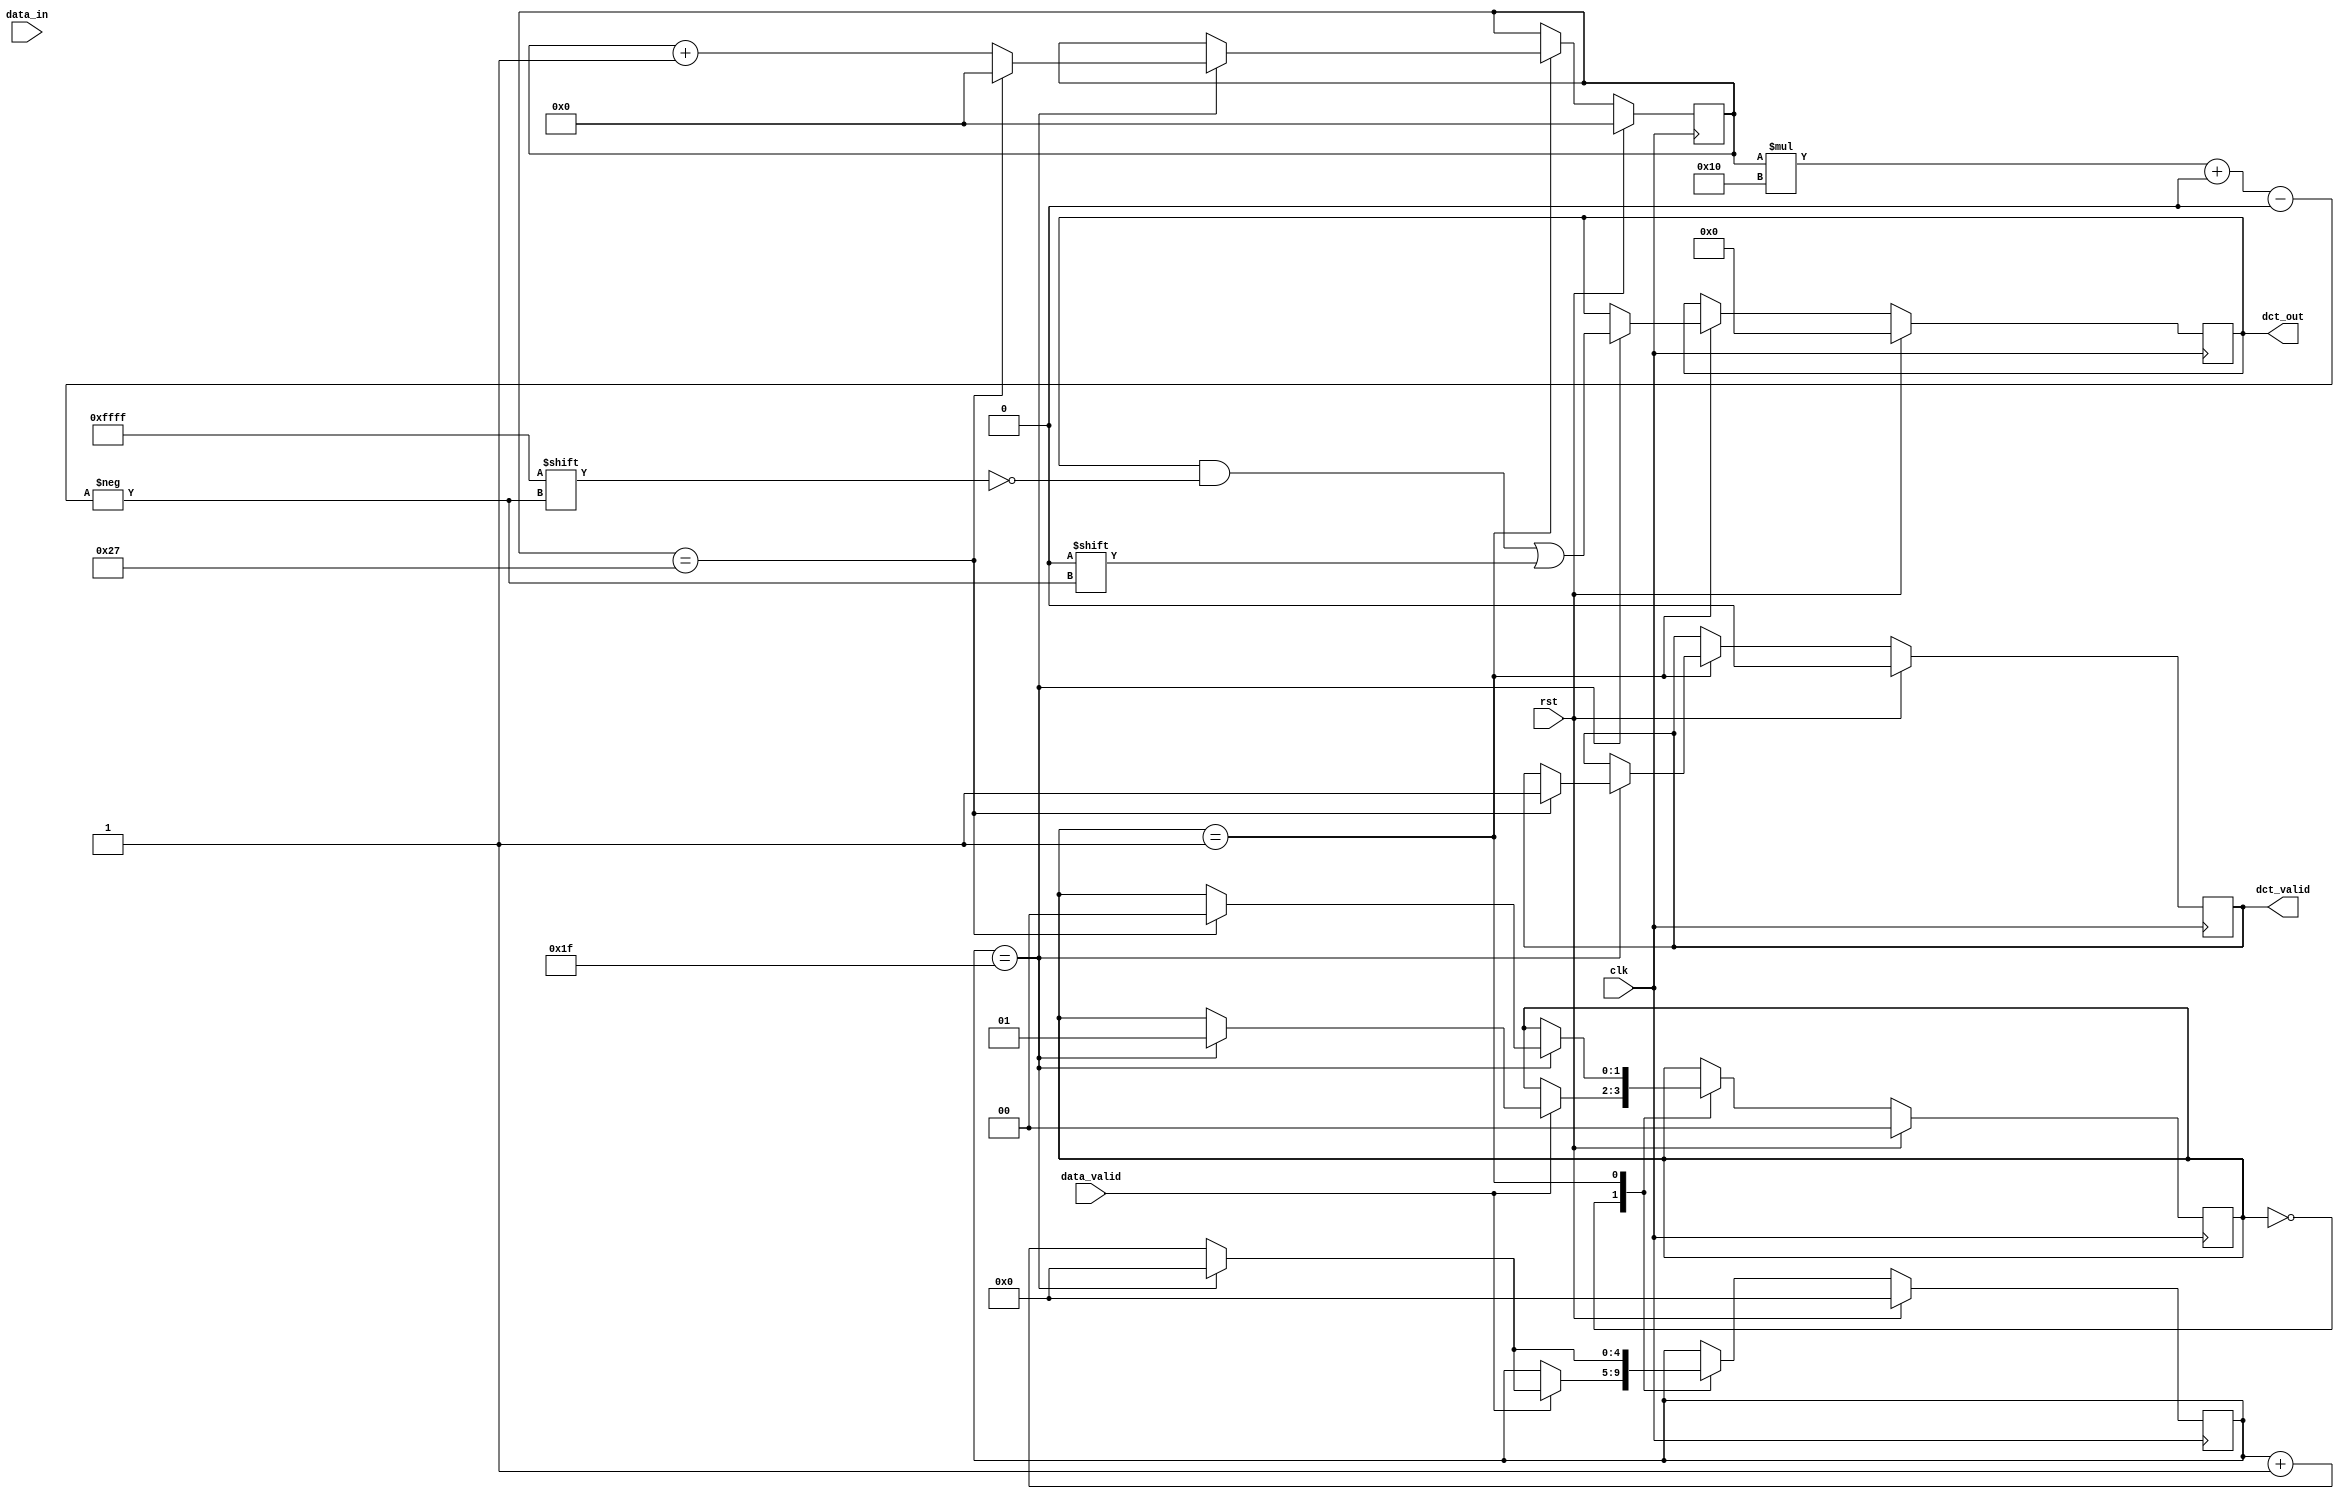
module dct_module #(
    parameter Q_L = 11, // Number of fractional bits for logarithm output
    parameter Q_D = 4,  // Number of fractional bits for DCT output
    parameter N = 32    // Size of the DCT input vector
) (
    input wire clk,
    input wire rst,
    input wire signed [15:0] data_in, // INT16 Q11
    input wire data_valid,
    output reg [639:0] dct_out, // 40 features * 16 bits = 640 bits
    output reg dct_valid
);

localparam COEFF_WIDTH = 16;
reg signed [15:0] input_buffer [0:N-1]; // INT16 Q11
reg [$clog2(N)-1:0] input_counter;
reg [5:0] output_counter;
reg signed [COEFF_WIDTH-1:0] coeff;
reg signed [Q_L+COEFF_WIDTH-1:0] mult;
reg signed [Q_L+COEFF_WIDTH-1:0] accumulator;
reg [1:0] state;

// Precompute DCT coefficients using integer arithmetic
wire signed [COEFF_WIDTH-1:0] sqrt_2_over_N = 16'h3B21; // sqrt(2/32) in Q15 format
wire signed [COEFF_WIDTH-1:0] sqrt_1_over_N = 16'h2D41; // sqrt(1/32) in Q15 format
reg signed [COEFF_WIDTH-1:0] cos_term;
reg [$clog2(N)-1:0] x;

always @(*) begin
    if (output_counter == 0) begin
        coeff = sqrt_1_over_N;
        x = 0;
        cos_term = 16'h7FFF; // Initialize to 1 in Q15 format
    end else begin
        x = (2 * input_counter + 1) * output_counter;
        cos_term = 16'h7FFF; // Initialize to 1 in Q15 format
        repeat (5) begin
            cos_term = cos_term - ((cos_term * x * x) >> 14);
            x = x << 1;
        end
        coeff = (sqrt_2_over_N * cos_term) >> 15;
    end
end

always @(posedge clk) begin
    if (rst) begin
        input_counter <= 0;
        output_counter <= 0;
        accumulator <= 0;
        dct_out <= 0;
        dct_valid <= 0;
        state <= 0;
    end else begin
        case (state)
            0: begin
                if (data_valid) begin
                    input_buffer[input_counter] <= data_in;
                    input_counter <= input_counter + 1;
                    if (input_counter == N - 1) begin
                        input_counter <= 0;
                        state <= 1;
                    end
                end
            end

            1: begin
                mult <= input_buffer[input_counter] * coeff;
                accumulator <= accumulator + mult;
                input_counter <= input_counter + 1;
                if (input_counter == N - 1) begin
                    dct_out[output_counter*16 +: 16] <= accumulator[26:11] >>> (Q_L + COEFF_WIDTH - Q_D);
                    accumulator <= 0;
                    output_counter <= output_counter + 1;
                    input_counter <= 0;
                    if (output_counter == 39) begin
                        output_counter <= 0;
                        dct_valid <= 1;
                        state <= 0;
                    end
                end
            end
        endcase
    end
end

endmodule